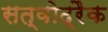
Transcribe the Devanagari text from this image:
सत्वोद्रैक